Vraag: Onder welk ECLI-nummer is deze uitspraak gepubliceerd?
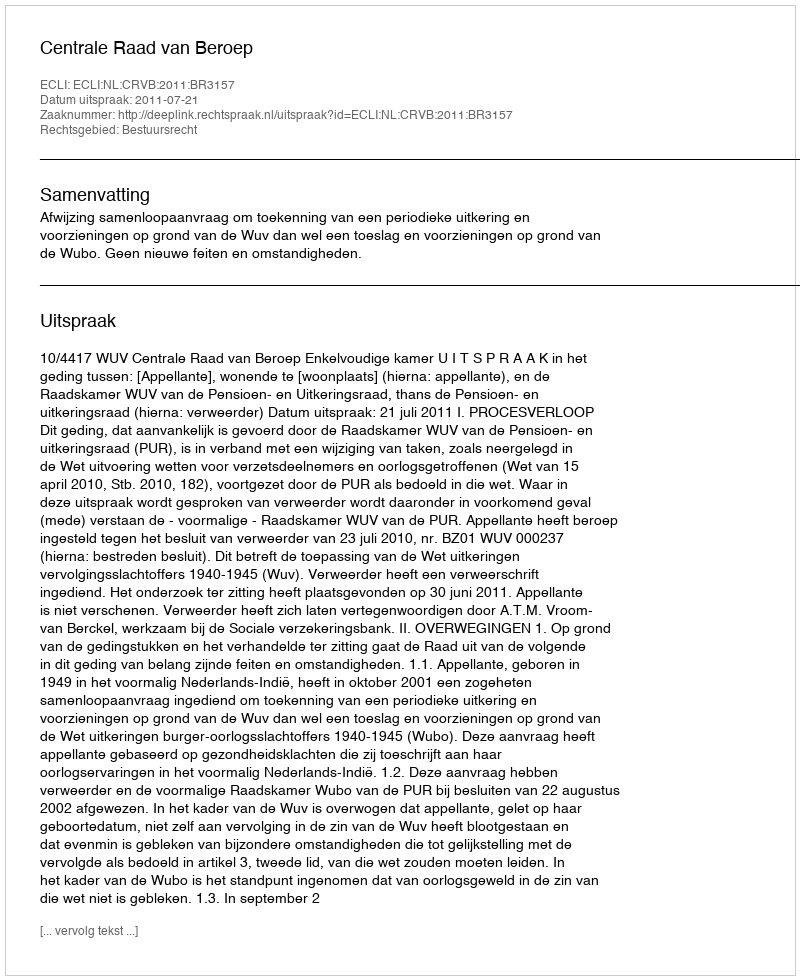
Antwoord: ECLI:NL:CRVB:2011:BR3157